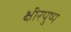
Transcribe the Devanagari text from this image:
क्षीरपुष्प